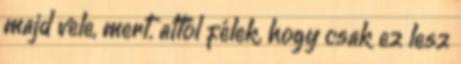
majd vele, mert. attól félek, hogy csak ez lesz